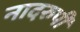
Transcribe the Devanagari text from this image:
नादरुपी